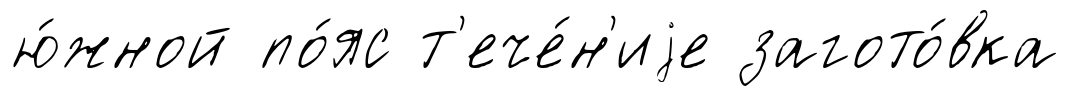
ю́жной по́яс т'ече́н'иjе загото́вка